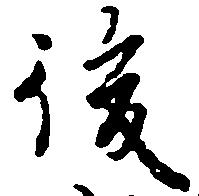
後